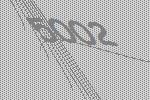
5002